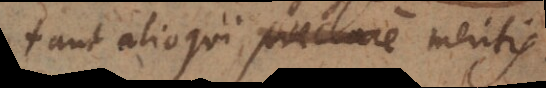
aut alioqui praeclare meritis